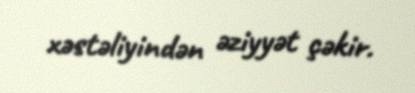
xəstəliyindən əziyyət çəkir.